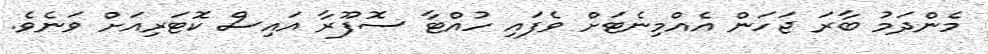
މެންދަމު ބާރަ ޖަހަން އެއްމިނެޓަށް ވެފައި ހުއްޓާ ސޮފޫރާ އައިސް ކޮޓަރިއަށް ވަނެވެ.